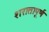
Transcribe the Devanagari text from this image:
शरातापूर्ण